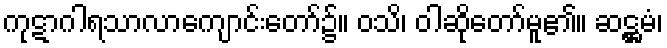
ကုဋာဂါရသာလာကျောင်းတော်၌။ ဝသိ၊ ဝါဆိုတော်မူ၏။ ဆဋ္ဌမံ၊